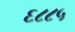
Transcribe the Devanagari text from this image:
६८८५